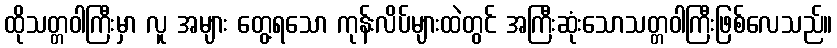
ထိုသတ္တဝါကြီးမှာ လူ အများ တွေ့ရသော ကုန်းလိပ်များထဲတွင် အကြီးဆုံးသောသတ္တဝါကြီးဖြစ်လေသည်။